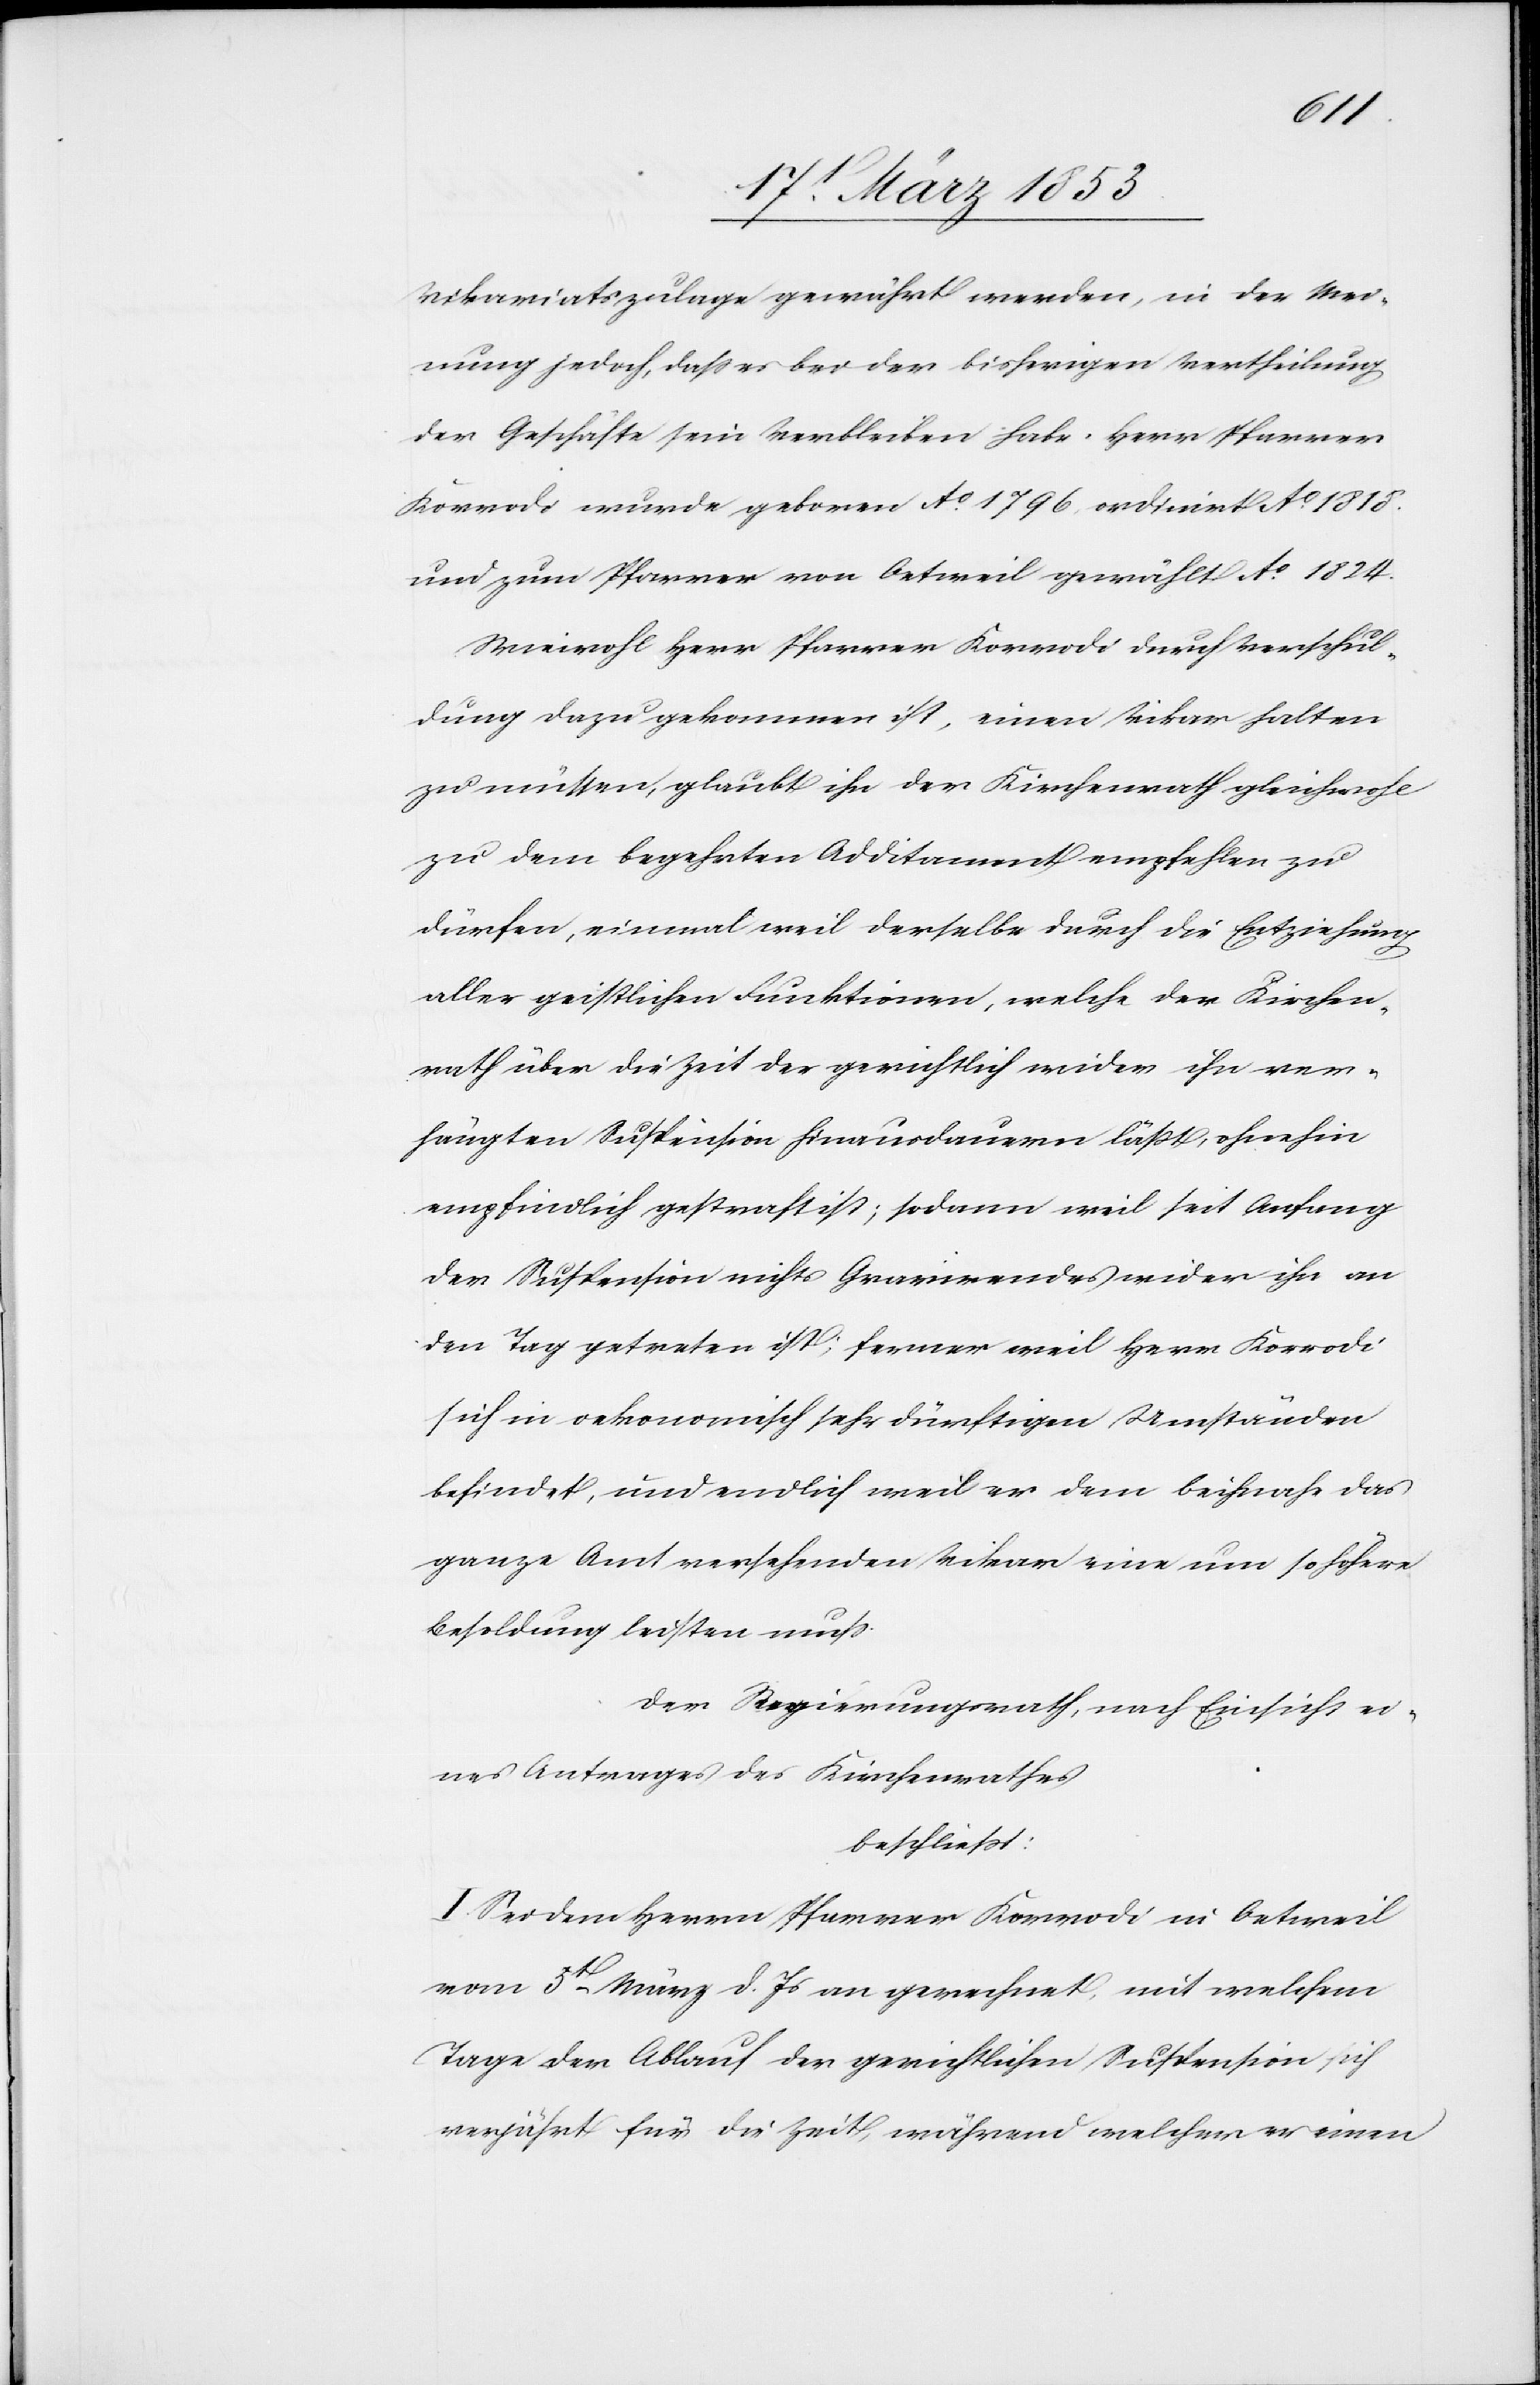
Vikariatszulage gewährt werden, in der Mei¬
nung jedoch, daß es bei der bisherigen Vertheilung
der Geschäfte sein Verbleiben habe. Herr Pfarrer
Korrodi wurde geboren Ao. 1796, ordinirt Ao. 1818.
und zum Pfarrer von Oetweil gewählt Ao. 1824.
Wiewohl Herr Pfarrer Korrodi durch Verschul¬
dung dazu gekommen ist, einen Vikar halten
zu müssen, glaubt ihn der Kirchenrath gleichwohl
zu dem begehrten Additament empfehlen zu
dürfen, einmal weil derselbe durch die Entziehung
aller geistlichen Funktionen, welche der Kirchen¬
rath über die Zeit der gerichtlich wider ihn ver¬
hängten Suspension hinausdauern läßt, ohnehin
empfindlich gestraft ist; sodan weil seit Anfang
der Suspension nichts Gravirendes wider ihn an
den Tag getreten ist; ferner weil Herr Korrodi
sich in oekonomisch sehr dürftigen Umständen
befindet, und endlich weil er dem beinahe das
ganze Amt versehenden Vikar eine um so höhere
Besoldung leisten muß.
Der Regierungsrath, nach Einsicht eines
Antrages des Kirchenrathes
beschließt:
I. Sei dem Herrn Pfarrer Korrodi in Oetweil
vom 5t. März d. Js. an gerechnet, mit welchem
Tage der Ablauf der gerichtlichen Suspension sich
verjährt für die Zeit, während welcher er einen